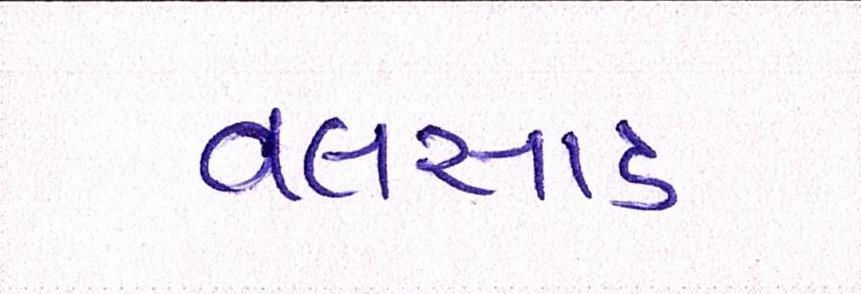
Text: વલસાડ